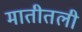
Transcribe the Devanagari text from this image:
मातीतली